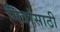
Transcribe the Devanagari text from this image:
मित्रांसाठी